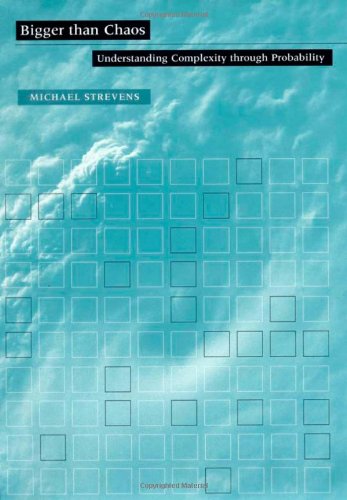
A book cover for Bigger than Chaos: Understanding Complexity through Probability; Michael Strevens; Science & Math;